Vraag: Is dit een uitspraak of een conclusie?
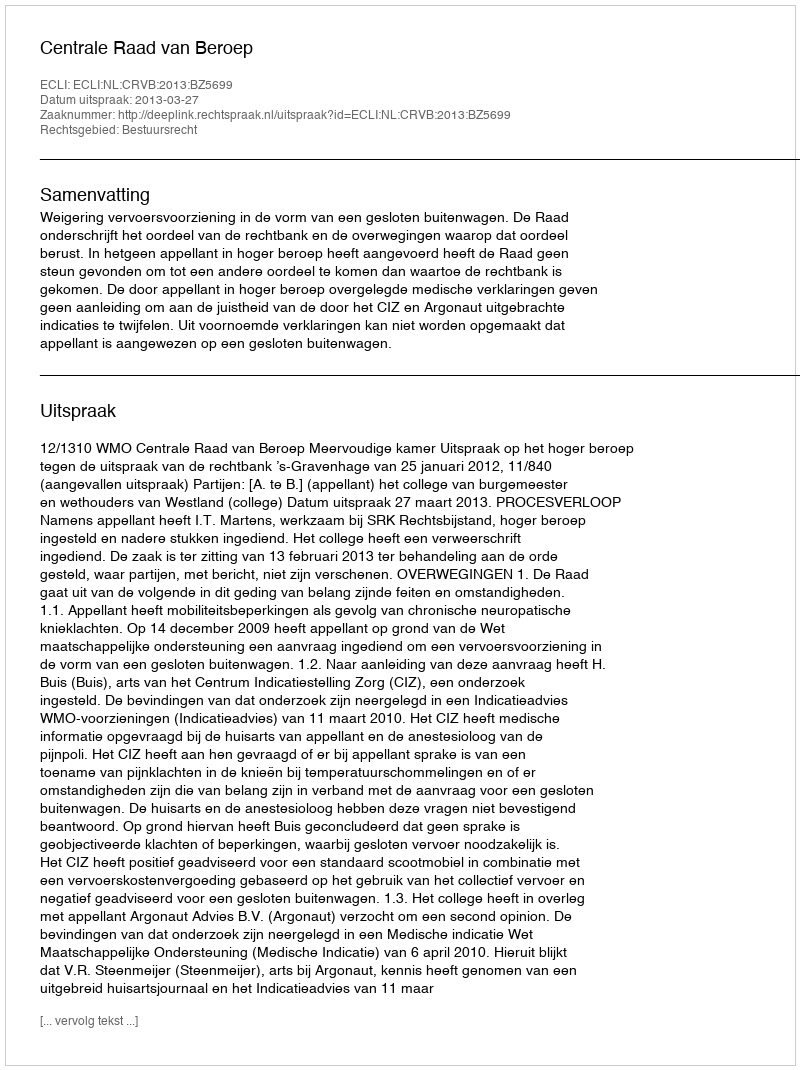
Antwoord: Uitspraak